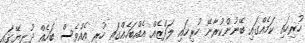
ހުރިހައި ކަމެއްގައި ބޭނުންކުރާނޭ ހުރިހައި ލަފްޒެއް އެއްބަހެއްގައި ހުރި އެއްވެސް ބަހެއް ދުނިޔޭގައި